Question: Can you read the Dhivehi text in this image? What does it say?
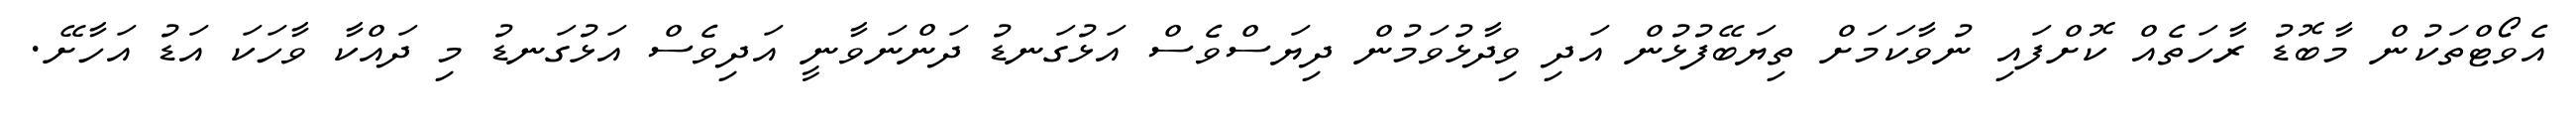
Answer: އެވޯޓްތަކުން މާބޮޑު ރާހަތެއް ކޮށްފައި ނުވާކަމަށް ތިޔަބޭފުޅުން އަދި ވިދާޅުވަމުން ދިޔަސްވެސް އަޅުގަނޑު ދަންނަވާނީ އަދިވެސް އަޅުގަނޑު މި ދައްކާ ވާހަކަ އަޑު އަހާށޭ.